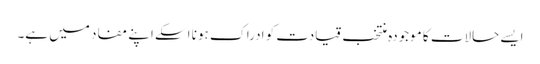
ایسے حالات کا موجودہ منتخب قیادت کو ادراک ہونا اسکے اپنے مفاد میں ہے۔